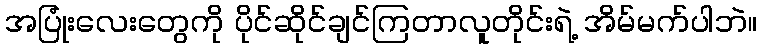
အပြုံးလေးတွေကို ပိုင်ဆိုင်ချင်ကြတာလူတိုင်းရဲ့ အိမ်မက်ပါဘဲ။